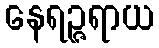
နေရဉ္ဇရာယ